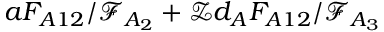
a F _ { A 1 2 } / \mathcal { F } _ { A _ { 2 } } + \mathcal { Z } d _ { A } F _ { A 1 2 } / \mathcal { F } _ { A _ { 3 } }